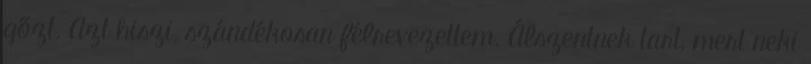
gőzt. Azt hiszi, szándékosan félrevezettem. Álszentnek tart, mert neki